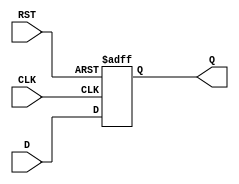
module InputRegister (
    input wire D,        // Data input
    input wire CLK,      // Clock input
    input wire RST,      // Asynchronous reset (optional)
    output reg Q         // Output
);

// Asynchronous reset
always @ (posedge CLK or posedge RST) begin
    if (RST) begin
        Q <= 1'b0;      // Set output to 0 on reset
    end else begin
        Q <= D;         // Capture input data on clock edge
    end
end

endmodule